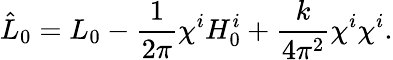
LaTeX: \hat{L}_{0}=L_{0}-\frac{1}{2\pi}\chi^{i}H_{0}^{i}+\frac{k}{4\pi^{2}}\chi^{i}\chi^{i}.